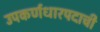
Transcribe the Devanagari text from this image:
उपकर्णधारपदाची